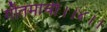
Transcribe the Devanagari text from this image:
गौतमाची।।४।।